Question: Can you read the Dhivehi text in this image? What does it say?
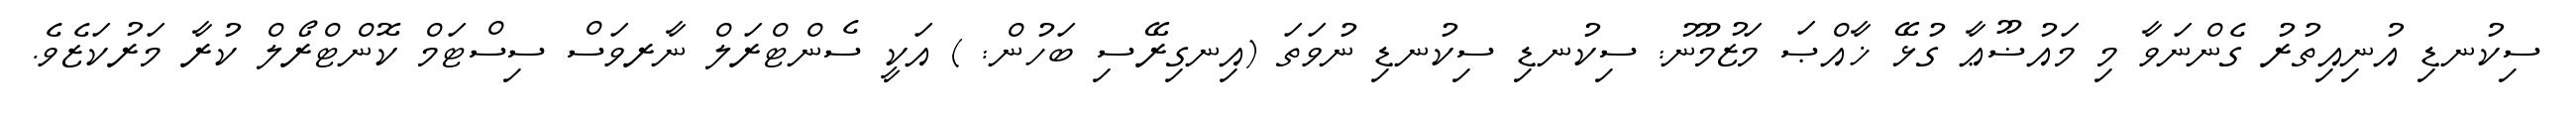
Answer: ސިކުނޑި އުނިއިތުރު ގެންނަވާ މި މައުޟޫޢާ ގުޅޭ ޚާއްޞަ މަޒުމޫނު: ސިކުނޑި ސިކުނޑި ނުވަތަ (އިނގިރޭސި ބަހުން: ) އަކީ ސެންޓްރަލް ނާރވަސް ސިސްޓަމް ކޮންޓްރޯލް ކުރާ މަރުކަޒެވެ.